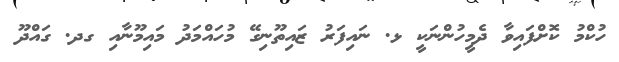
ހުކްމު ކޮށްފައިވާ ދެމީހުންނަކީ ޅ. ނައިފަރު ޒައިތޫނިގޭ މުހައްމަދު މައިމޫނާއި ގދ. ގައްދޫ